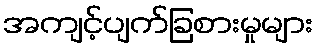
အကျင့်ပျက်ခြစားမှုများ